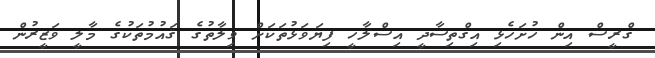
ގްރީސް އިން ހުށަހެޅި އިގްތިސާދީ އިސްލާހީ ފިޔަވަޅުތަކަށް ވިލާތުގެ ޤައުމުތަކުގެ މާލީ ވަޒީރުން